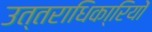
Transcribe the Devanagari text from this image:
उत्तराधिका्रियों